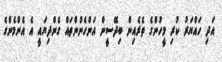
އަދި ހައްޔަރު ކުރި މީހުންގެ ތެރެއިން ބިދޭސީން އަންހެނުންތައް ގެންދިޔައީ އެ އެންމެންގެ